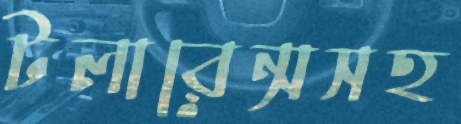
টলারেন্সসহ